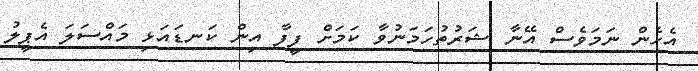
އެހެން ނަމަވެސް އޭނާ ޝަރުތުހަމަނުވާ ކަމަށް ފީފާ އިން ކަނޑައަޅި މައްސަލަ އެޕީލު